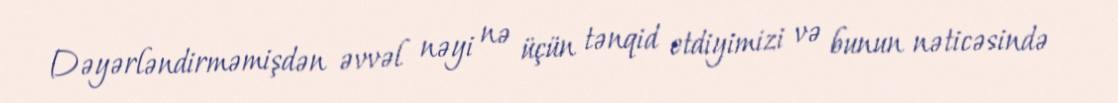
Dəyərləndirməmişdən əvvəl nəyi nə üçün tənqid etdiyimizi və bunun nəticəsində